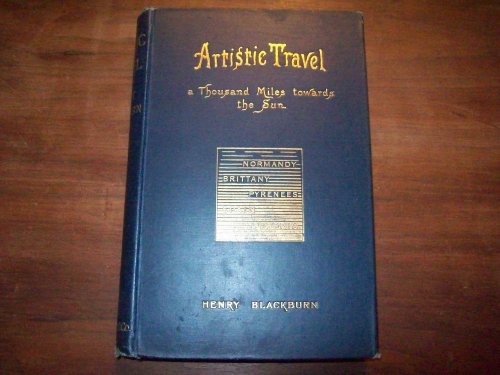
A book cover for Artistic Travel in Normandy, Brittany, the Pyrenees, Spain & Algeria: A Thousand Miles Towards the Sun; Henry Blackburn; Travel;